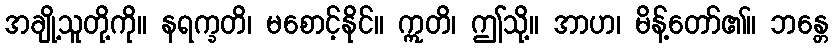
အချို့သူတို့ကို။ နရက္ခတိ၊ မစောင့်နိုင်။ ဣတိ၊ ဤသို့။ အာဟ၊ မိန့်တော်၏။ ဘန္တေ